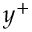
y ^ { + }